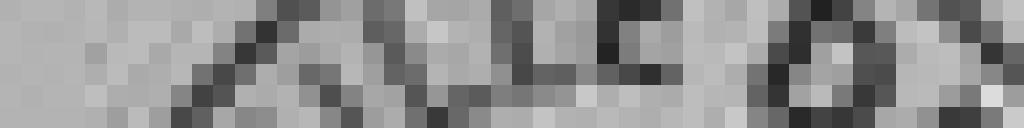
Ville de